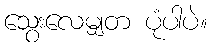
သွေးလေမျှတ ပုံပါပဲ။